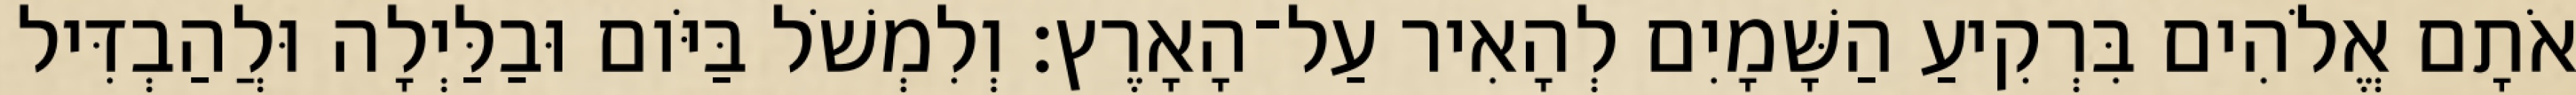
אֹתָם אֱלֹהִים בִּרְקִיעַ הַשָּׁמָיִם לְהָאִיר עַל־הָאָרֶץ׃ וְלִמְשֹׁל בַּיֹּום וּבַלַּיְלָה וּלֲהַבְדִּיל